Registration of youth, 1941
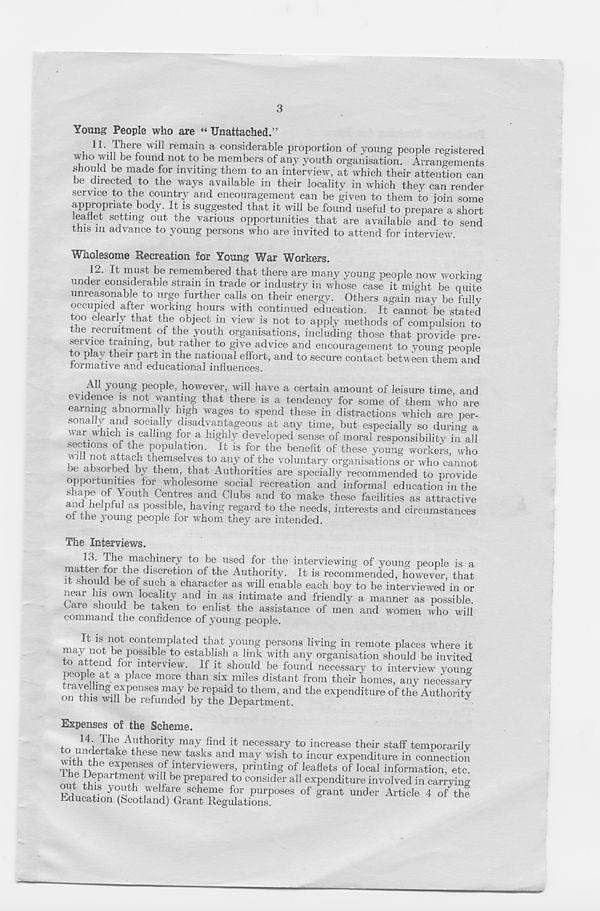
3
Young People who are “ Unattached.”
11.
L here will remain a considerable proportion of young
r ° ,T i be fo ! in^ not to be members of any youth organisation. Arrangements
should be made for inviting them to an interview, at which their attention can
be directed to the ways available in their locality in which they can render
service to the country and encouragement can be given to them to ioin some
appropriate body. It is suggested that it will be found useful to prepare a short
leaflet setting out the various opportunities that are available and to send
this in advance to young persons who are invited to attend for interview.
Wholesome Recreation for Young War Workers.
12.
It must be remembered that there are many young peo
under considerable strain in trade or industry in whose case it might be quite
unreasonable to urge further calls on their energv. Others again mav be fully
occupied after working hours with continued education. It cannot be stated
too clearly that the object in view is not to apply methods of compulsion to
tne recruitment oi the youth organisations, including those that provide pre-
service training, but rather to give advice and encouragement to young people
to play their part in the national effort, and to secure contact between them and
formative and educational influences.
All young people, however, will have a certain amount of leisure time and
evidence is not wanting that there is a tendency for some of them who are
earning abnormally high wages to spend these in distractions which are per-
sonally and socially disadvantageous at any time, but especially so during a
war which is calling for a highly developed sense of moral responsibility in all
sections of tne population. It is for the benefit of these young workers, who
vill not attach themselves to any of the voluntary organisations or who cannot
be absorbed by them, that Authorities are specially recommended to provide
opportunities for wholesome social recreation and informal education in the
ft f^o uth Ce^res and Clubs and th make these facilities as attractive
and helpful as possible, having regard to the needs, interests and circumstances
of the young people for whom they are intended.
The Interviews.
13.
The machinery to be used for the interviewing of young
matter for the discretion of the Authority. It is recommended, however, that
it should be of such a character as will enable each boy to be interviewed in or
near his own locality and in as intimate and friendly a manner as possible
bare should be taken to enlist the assistance of men and women who will
command the confidence of young people.
It IS not contemplated that young persons living in remote places where it
may not be possible to establish a link with any organisation should be invited
to attend for interview. If it should be found necessary to interview young
people at a place more than six miles distant from their homes, any necessary
trayelhng expenses may be repaid to them, and the expenditure of the Authority
on this will be refunded by the Department.
“
Expenses of the Scheme.
14 j I 11 ? A, | thont y may find it necessary to increase their staff temporarily
™T take theSe r e - W tasks and may wish to incur expenditure in connection
with the expenses of interviewers, printing of leaflets of local information, etc.
the Department will be prepared to consider all expenditure involved in carrying
ra,J.;+ S y°2tl \ ]
wel ff® scheme for purposes of grant under Article 4 of the
Education (Scotland) Grant Regulations.